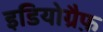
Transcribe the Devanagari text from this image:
इडियोग्रैफ़